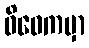
ဝိဝေကမှာ